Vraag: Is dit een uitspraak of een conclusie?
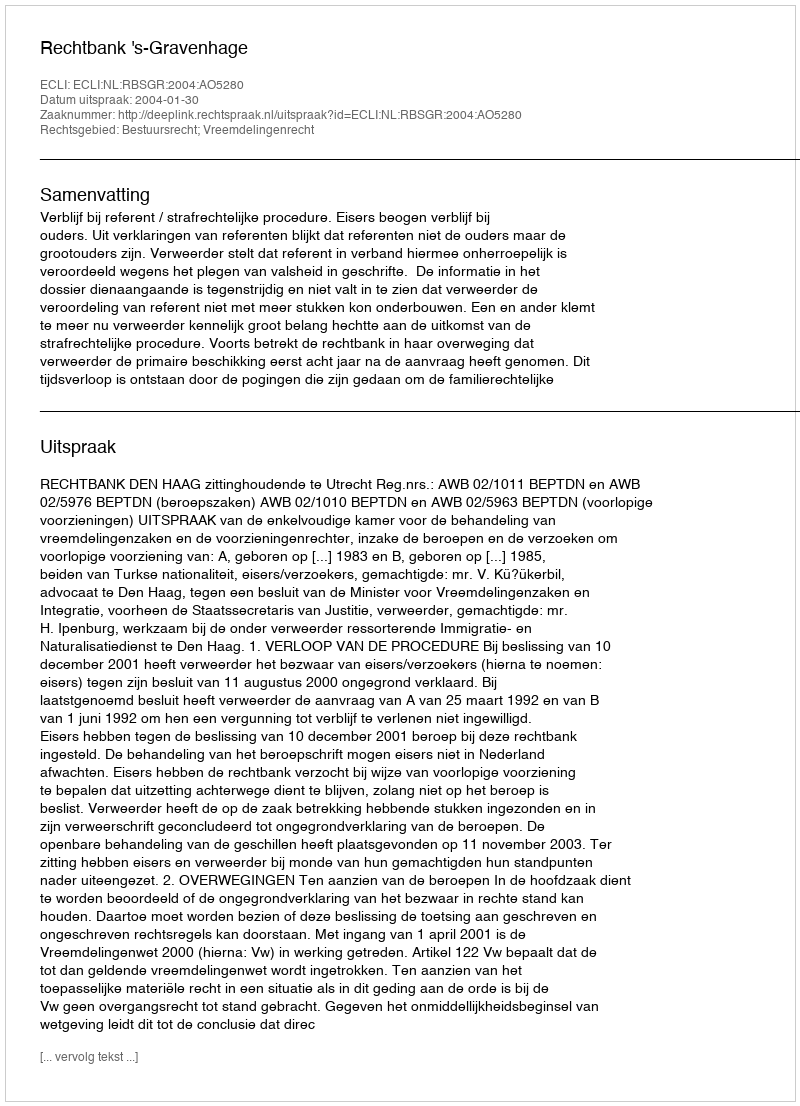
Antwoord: Uitspraak